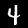
Digit: 4